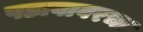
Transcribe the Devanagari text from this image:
पडावावरचा